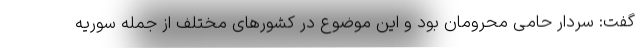
گفت: سردار حامی محرومان بود و این موضوع در کشورهای مختلف از جمله سوریه